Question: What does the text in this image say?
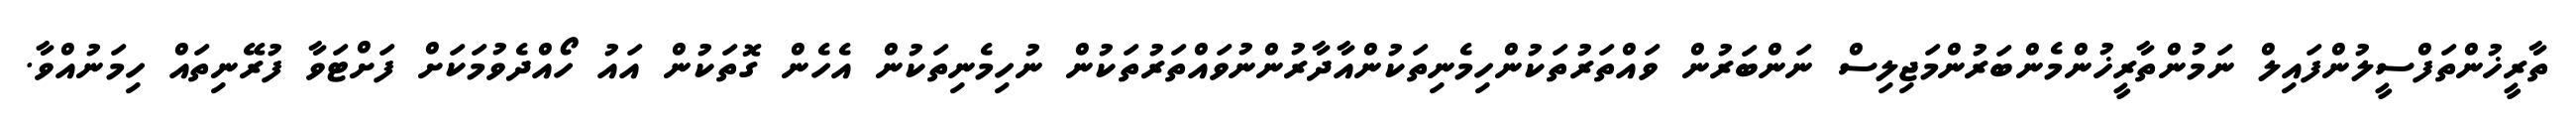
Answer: ތާރީޚުންތަފްސީލުންފައިލް ނަމުންތާރީޚުންމެންބަރުންމަޖިލިސް ނަންބަރުން ވައްތަރުތަކުންހިމެނިތަކުންއާދާރުންނުވައްތަރުތަކުން ނުހިމެނިތަކުން އެހެން ގޮތަކުން އައު ހޯއްދެވުމަކަށް ފަށްޓަވާ ފުރޭނިތައް ހިމަނުއްވާ.